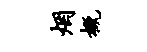
烟概